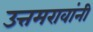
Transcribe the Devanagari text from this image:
उत्तमरावांनी